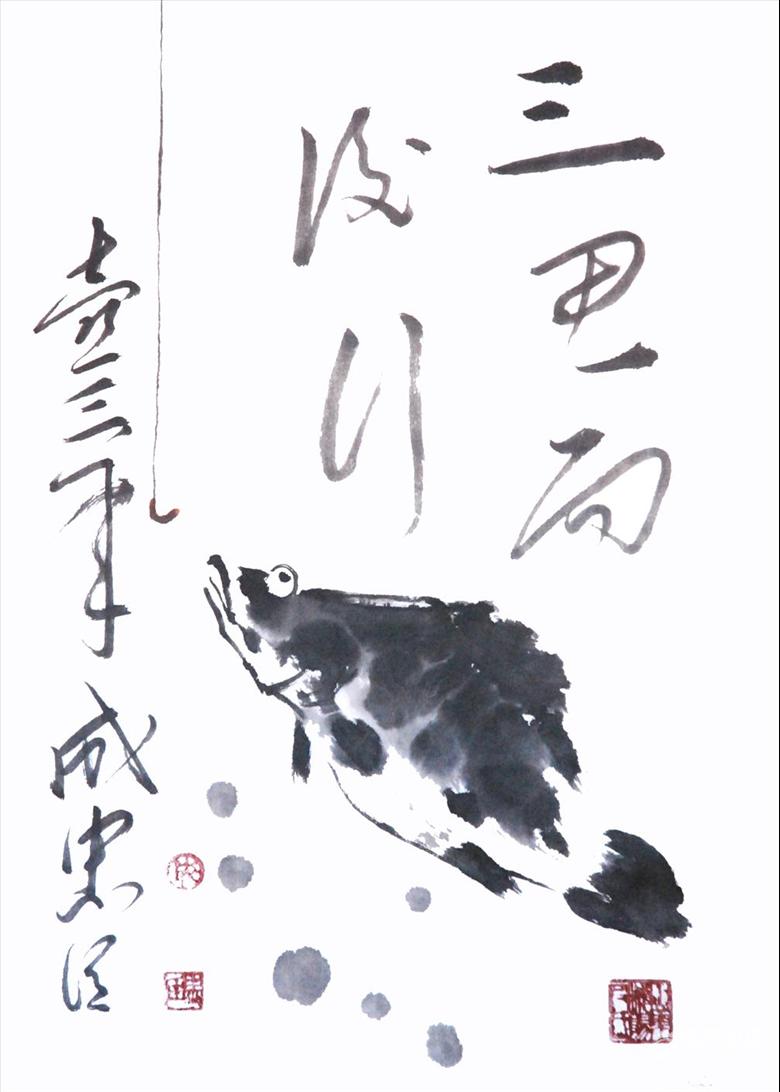
三思而后行。